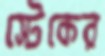
স্টেকের